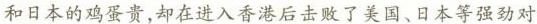
和日本的鸡蛋贵，却在进入香港后击败了美国、日本等强劲对